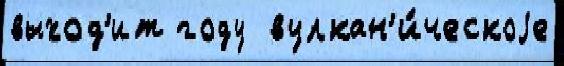
выход'ит году  вулкан'и́ческоjе